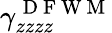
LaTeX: \gamma_{zzzz}^{\mathrm{~D~F~W~M~}}